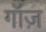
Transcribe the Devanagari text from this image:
गॉज़